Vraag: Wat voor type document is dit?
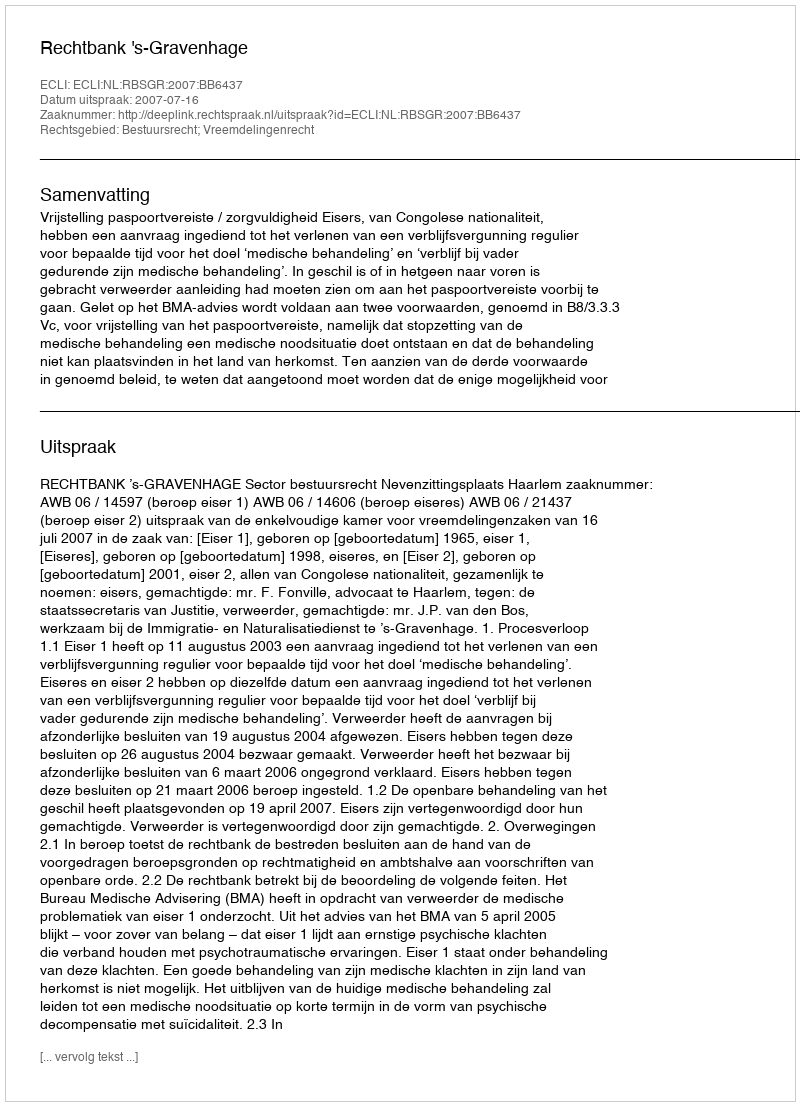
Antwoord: Uitspraak